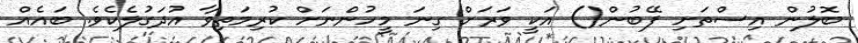
ބޮލުން އިސްތަށި ފޭބުން() އަކީ ވަރަށް ގިނަ މީހުންނަށް ކުރިމަތިވާ އުދަގުލެކެވެ. ބައެއް